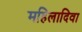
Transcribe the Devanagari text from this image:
महिलादिवा